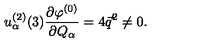
u _ { \alpha } ^ { ( 2 ) } ( 3 ) \frac { \partial \varphi ^ { ( 0 ) } } { \partial Q _ { \alpha } } = 4 \vec { q } ^ { 2 } \not = 0 .